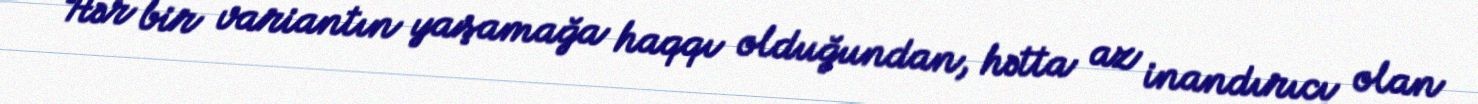
Hər bir variantın yaşamağa haqqı olduğundan, hətta az inandırıcı olan